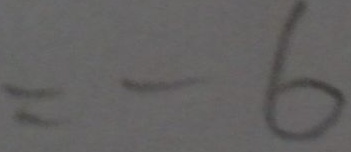
= - 6